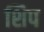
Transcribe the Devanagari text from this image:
शिप